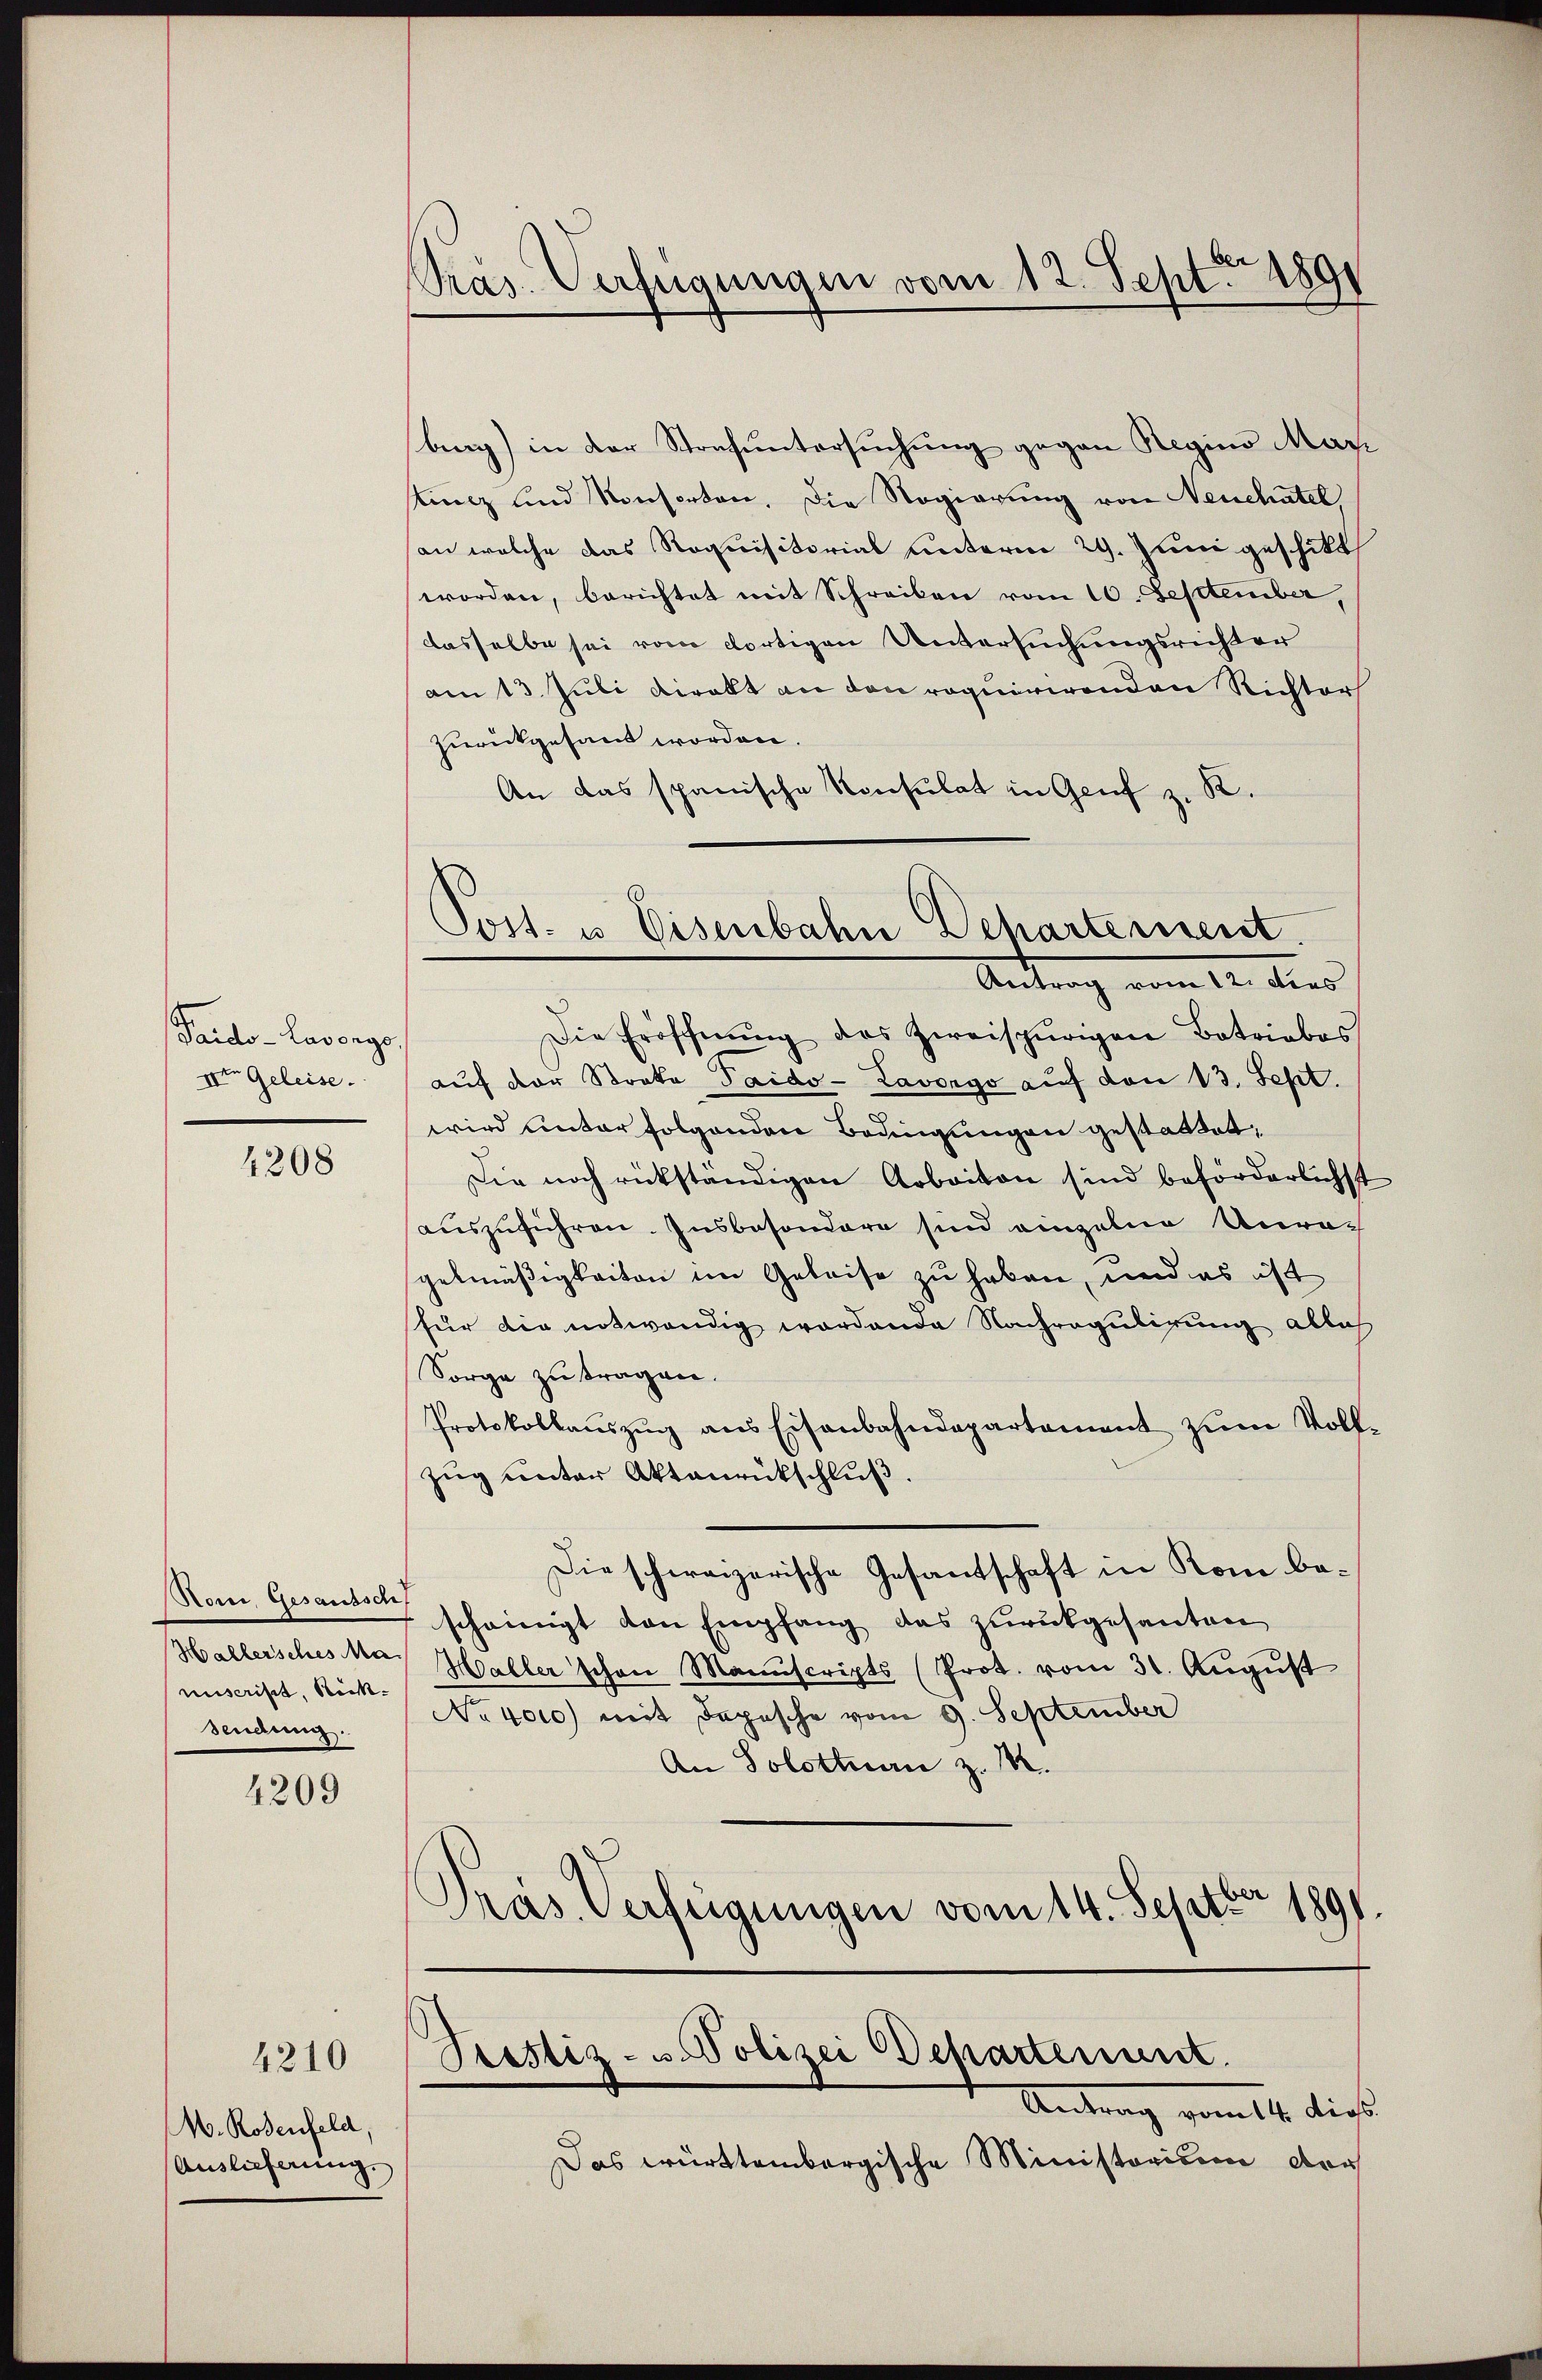
Taido-lavongs.
IIter Geleise.

4208

Soni, Gesaussch
Hallersches Ma
nuscrist, Rück-
Sendung.

4209

4210

M. Rodenfeld,
Auslieferung.

PPräs. Verfügungen vom 12. Sept 1891

burg) in der Strafuntersuchung gegen Regino Mar
lung und Konsorten, die Regierung von Neuchatel
an welche das Requisitorial unterm 29. Juni geschikt
worden, berichtet mit Schreiben vom 10. September,
dasselbe sei vom dortigen Untersuchungsrichter
am 13. Juli direkt an den requirirenden Richter
zurückgesandt worden.
An das spanische Konsulat in Genf z. K.
Die Eröffnŭng des zweispurigen Betriebes
auf der Streka Taido- Lavorgo auf den 13. Sept.
wird unter folgenden Bedingungen gestattet,
Die noch rückständigen Arbeiten sind beförderlichst
auszuführen. Insbesondere sind einzelne Unragelmäßigkeiten im Geleise zu haben, und es ist
für die notwendig wordende Nachregulirung alles
Sorge zu tragen.
Protokollauszug aus Eisenbahndepartement zum Voll¬
Zug unter Aktenrückschluß.
Die schweizerische Gesandschaft in Rom bescheinigt von Empfang das zurückgesanten
Haller schon Manuscripts (Prot. vom 31. August
No 4000) mit Depesche vom 9. September
An Solothurn z. M.
s
Präs. Verfügungen vom 14. Septbr 1891

Post- u. Eisenbahn Departement.
Antrag vom 12. dies

Prestiz- u. Polizei Departement.

Antrag gemitte diese
Das württembergische Ministorium der